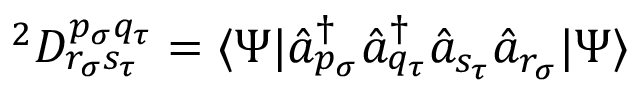
{ } ^ { 2 } D _ { r _ { \sigma } s _ { \tau } } ^ { p _ { \sigma } q _ { \tau } } = \langle \Psi | \hat { a } _ { p _ { \sigma } } ^ { \dagger } \hat { a } _ { q _ { \tau } } ^ { \dagger } \hat { a } _ { s _ { \tau } } \hat { a } _ { r _ { \sigma } } | \Psi \rangle